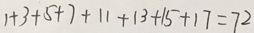
1 + 3 + 5 + 7 + 1 1 + 1 3 + 1 5 + 1 7 = 7 2